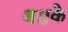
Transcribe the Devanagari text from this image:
अक्षके